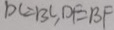
D \in B C , D E B F